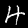
Digit: 4